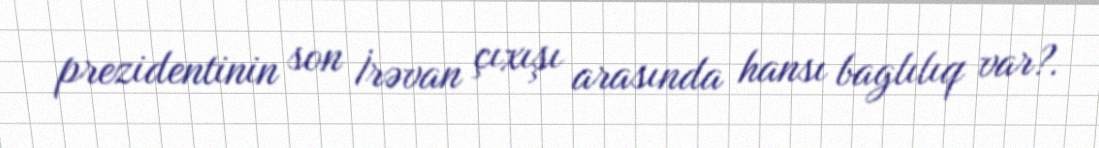
prezidentinin son İrəvan çıxışı arasında hansı baglılıq var?.